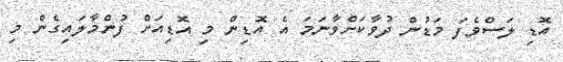
އޮޑި ލަސްވެފަ މަޑުން ދުވާކަށްވާނަމަ އެ އޮޑިން މި އޮޑިއަށް ފުންމާލައިގެން މި